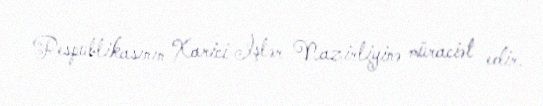
Respublikasının Xarici İşlər Nazirliyinə müraciət edir.